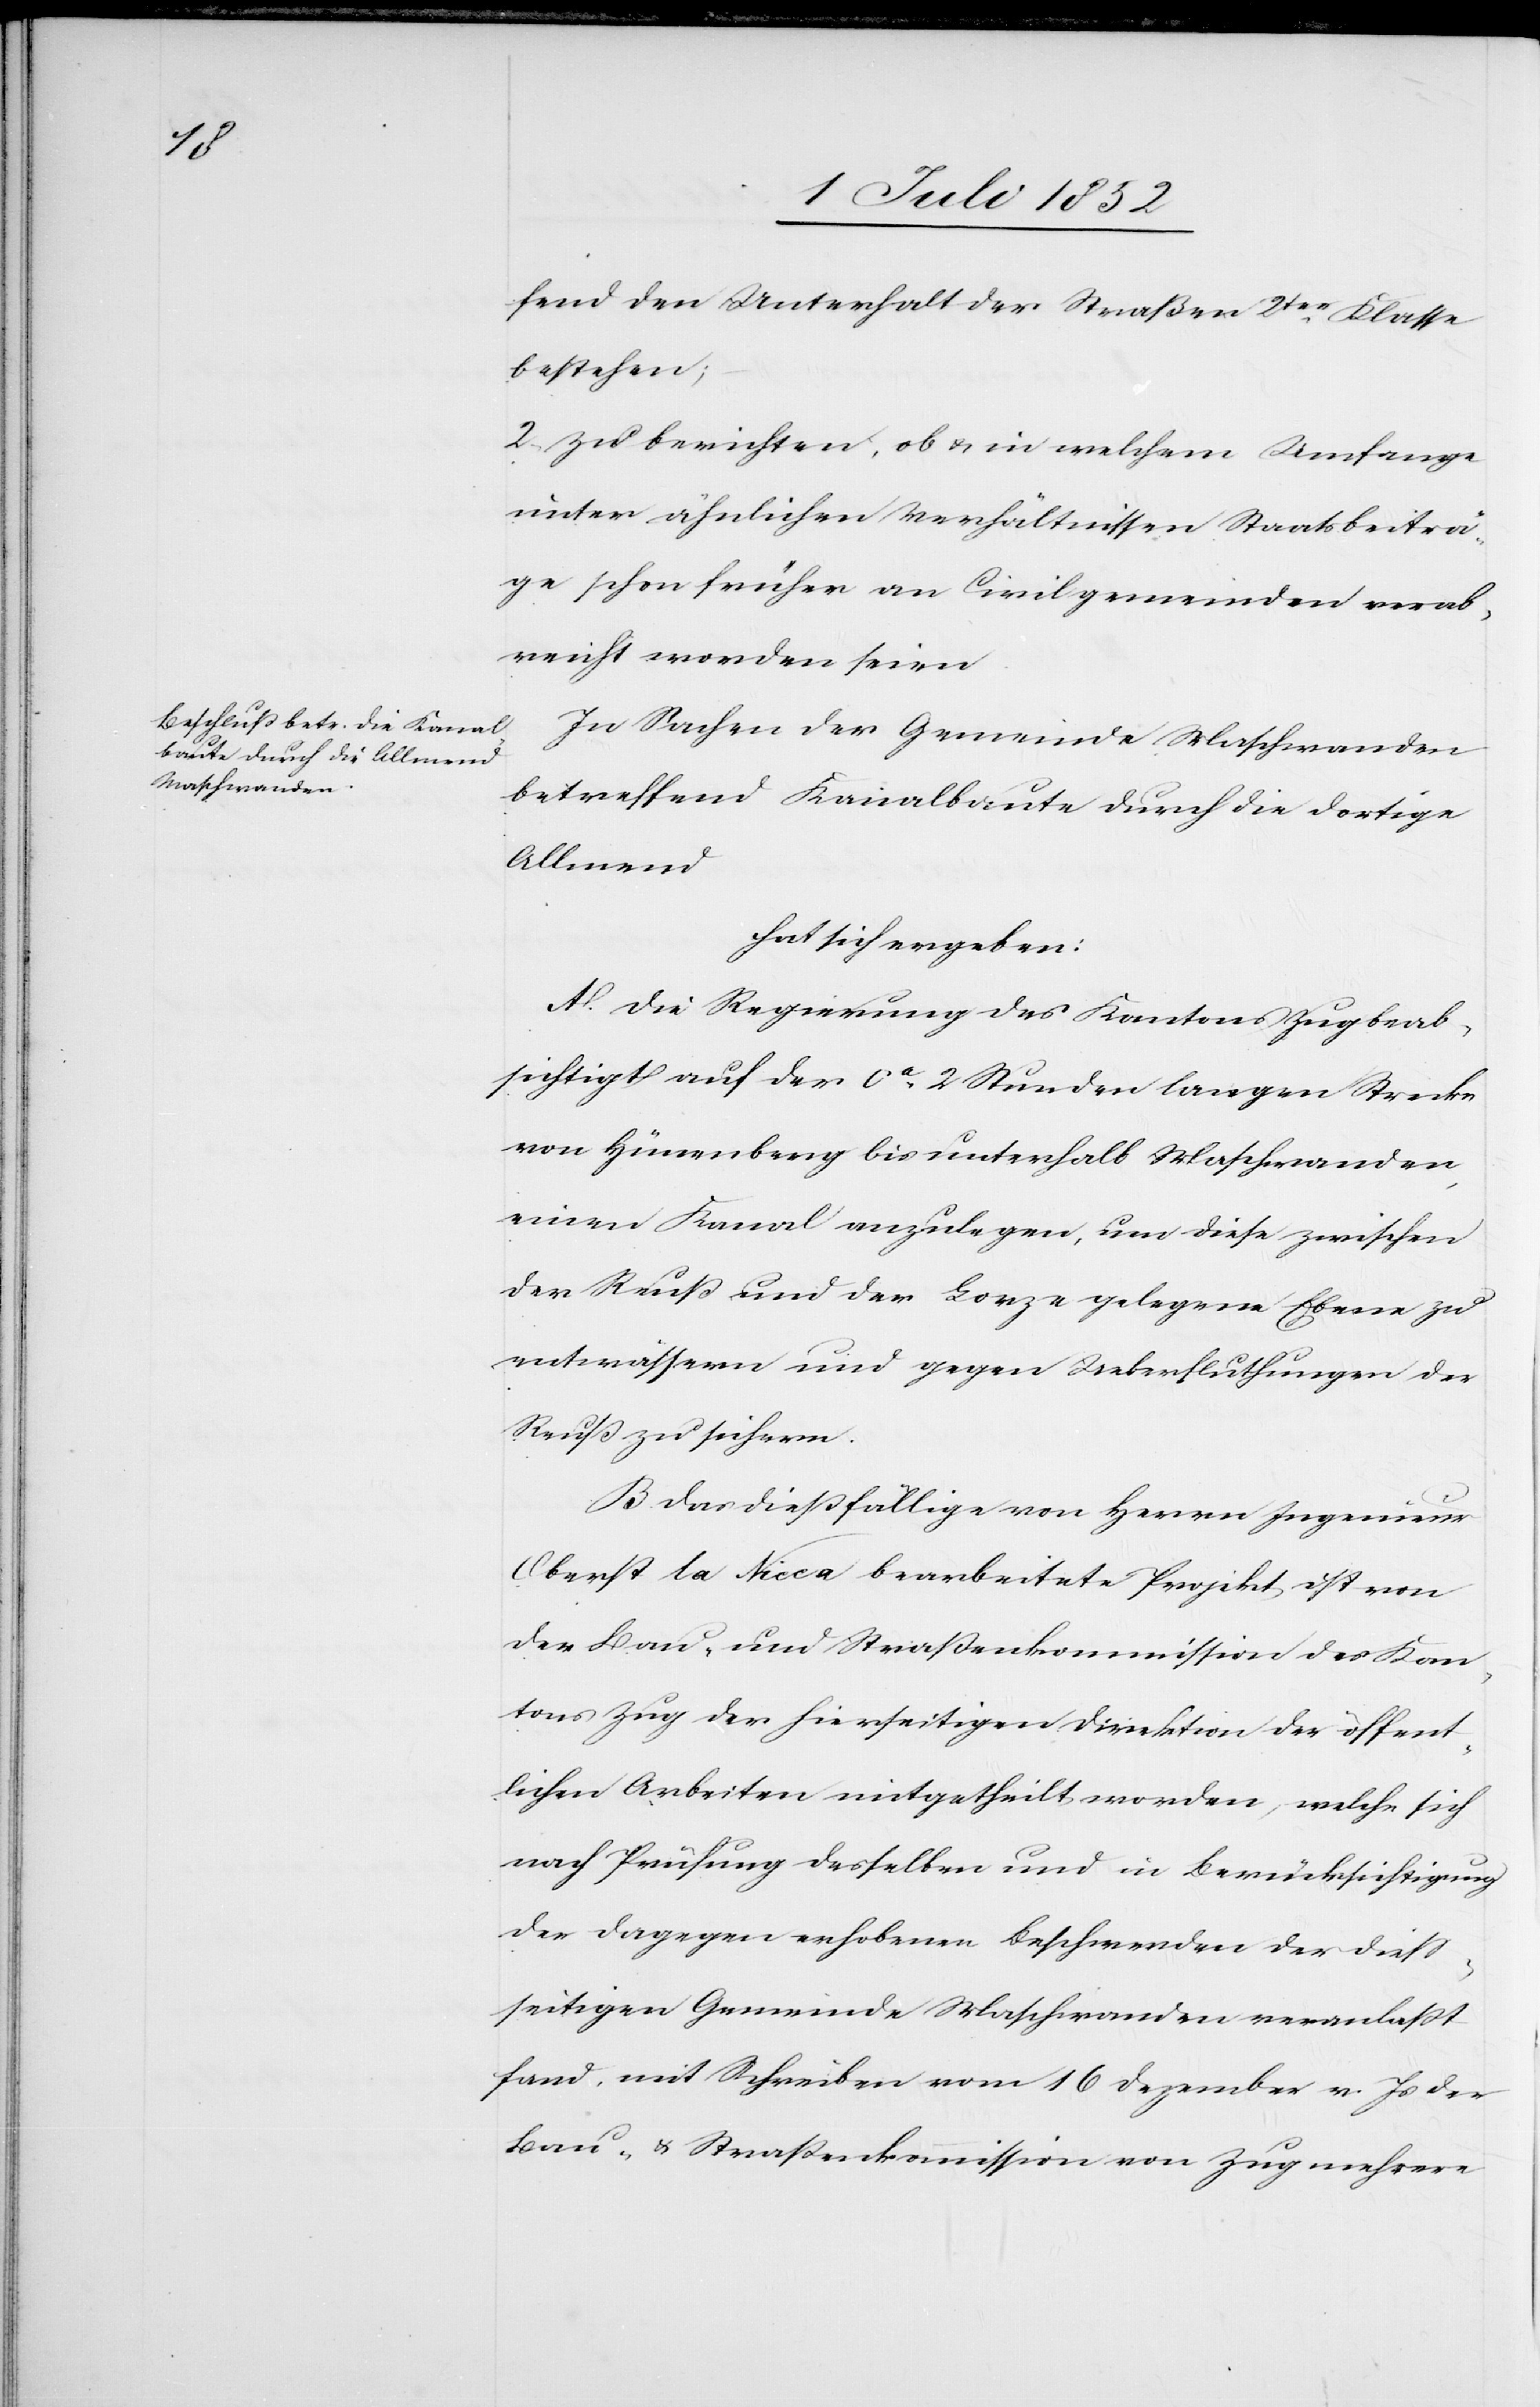
fend den Unterhalt der Straßen 2ter Klasse
bestehen;
2, zu berichten, ob & in welchem Umfange
unter ähnlichen Verhältnissen Staatsbeiträ¬
ge schon früher an Civilgemeinden verab¬
reicht worden seien.
In Sachen der Gemeinde Maschwanden
betreffend Kanalbaute durch die dortige
Allmend
hat sich ergeben:
A. Die Regierung des Kantons Zug beab¬
sichtigt auf der ca. 2 Stunden langen Strecke
von Hünenberg bis unterhalb Maschwanden,
einen Kanal anzulegen, um diese zwischen
der Reuß und der Lorze gelegene Ebene zu
entwässern und gegen Ueberfluthungen der
Reuß zu sichern.
B. Das dießfällige von Herrn Ingenieur
Oberst la Nicca bearbeitete Projekt ist von
der Bau- und Straßenkommission des Kan¬
tons Zug der hierseitigen Direktion der öffent¬
lichen Arbeiten mitgetheilt worden, welche sich
nach Prüfung desselben und in Berücksichtigung
der dagegen erhobenen Beschwerden der diess¬
seitigen Gemeinde Maschwanden veranlaßt
fand, mit Schreiben vom 16 Dezember v. Js der
Bau- & Straßenkommission von Zug mehrere